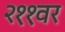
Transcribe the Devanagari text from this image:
२११वर